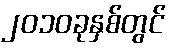
၂၀၁၀ခုနှစ်တွင်